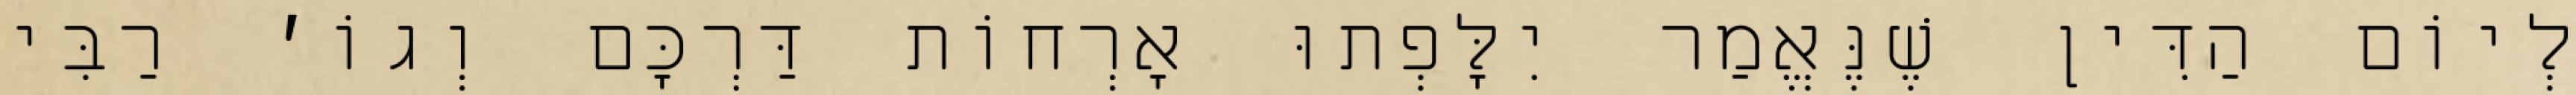
לְיוֹם הַדִּין שֶׁנֶּאֱמַר יִלָּפְתוּ אׇרְחוֹת דַּרְכָּם וְגוֹ׳ רַבִּי